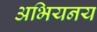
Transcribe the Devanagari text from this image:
अभियनय